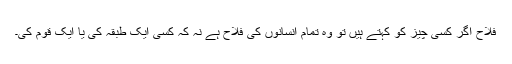
فلاح اگر کسی چیز کو کہتے ہیں تو وہ تمام انسانوں کی فلاح ہے نہ کہ کسی ایک طبقہ کی یا ایک قوم کی۔